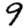
Digit: 9